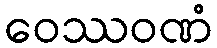
ဝေဿဝဏံ